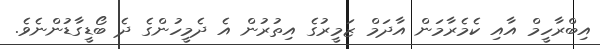
އިބްރާހީމް އާއި ކެމެރާމަން އާދަމް ޒަމީރުގެ އިތުރުން އެ ދެމީހުންގެ ދެ ބޯޑީގާޑުންނެވެ.